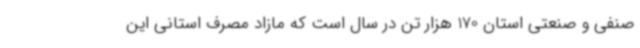
صنفی و صنعتی استان 170 هزار تن در سال است که مازاد مصرف استانی این